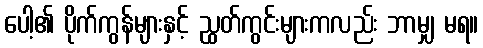
ပေါ့၏ ပိုက်ကွန်များနှင့် ညွှတ်ကွင်းများကလည်း ဘာမျှ မရ။